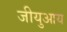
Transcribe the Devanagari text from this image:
जीयुआय